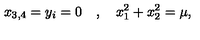
x _ { 3 , 4 } = y _ { i } = 0 \quad , \quad x _ { 1 } ^ { 2 } + x _ { 2 } ^ { 2 } = \mu ,